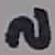
Text: 2